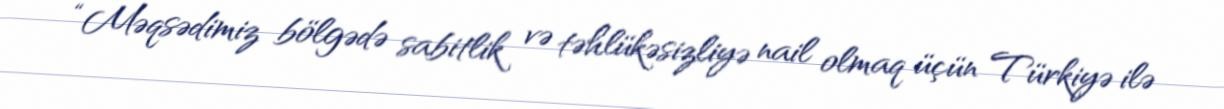
“Məqsədimiz bölgədə sabitlik və təhlükəsizliyə nail olmaq üçün Türkiyə ilə